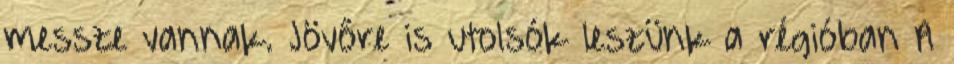
messze vannak. Jövőre is utolsók leszünk a régióban A